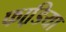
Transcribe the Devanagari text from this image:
फाडि़या